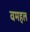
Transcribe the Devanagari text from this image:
वमहल